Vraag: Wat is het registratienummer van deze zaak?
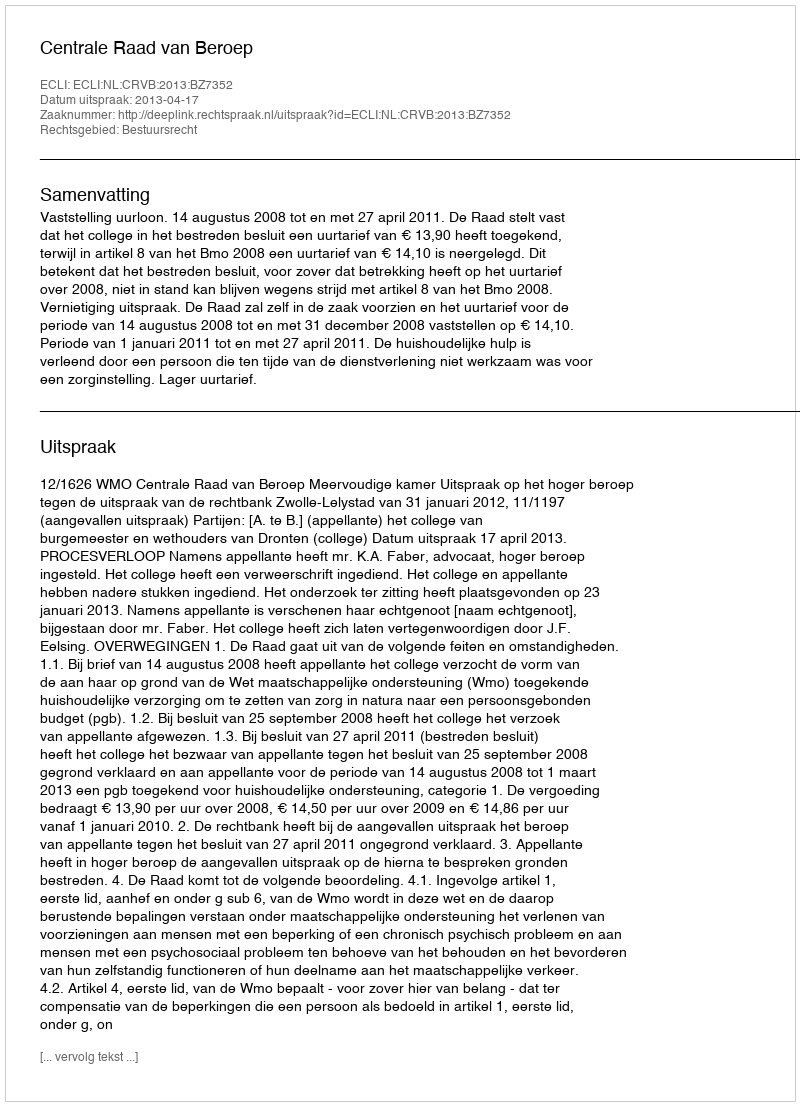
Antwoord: http://deeplink.rechtspraak.nl/uitspraak?id=ECLI:NL:CRVB:2013:BZ7352